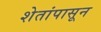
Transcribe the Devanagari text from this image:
शेतांपासून